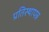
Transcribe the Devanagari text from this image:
प्रतिस्थापन्न